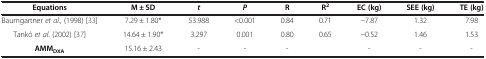
<table><thead><tr><td><b>Equations</b></td><td><b>M ± SD</b></td><td><b><i>t</i></b></td><td><b><i>P</i></b></td><td><b>R</b></td><td><b>R<sup>2</sup></b></td><td><b>EC (kg)</b></td><td><b>SEE (kg)</b></td><td><b>TE (kg)</b></td></tr></thead><tbody><tr><td>Baumgartner <i>et al.,</i> (1998)[33]</td><td>7.29 ± 1.80*</td><td>53.988</td><td>&lt;0.001</td><td>0.84</td><td>0.71</td><td>−7.87</td><td>1.32</td><td>7.98</td></tr><tr><td>Tankó <i>et al.</i> (2002)[37]</td><td>14.64 ± 1.90*</td><td>3.297</td><td>0.001</td><td>0.80</td><td>0.65</td><td>−0.52</td><td>1.46</td><td>1.53</td></tr><tr><td><b>AMM</b><sub><b>DXA</b></sub></td><td>15.16 ± 2.43</td><td>-</td><td>-</td><td>-</td><td> </td><td>-</td><td>-</td><td>-</td></tr></tbody></table>